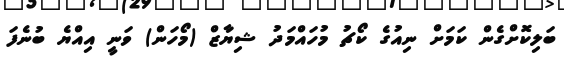
ބަލިކޮށްގެން ކަމަށް ނިއުގެ ކޯޗު މުހައްމަދު ޝިޔާޒް (މޯހަން) ވަނީ އިއްޔެ ބުނެފަ